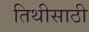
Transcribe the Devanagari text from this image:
तिथीसाठी